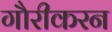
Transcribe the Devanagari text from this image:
गौरीकरन